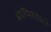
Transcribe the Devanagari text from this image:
प्रतिभाशली